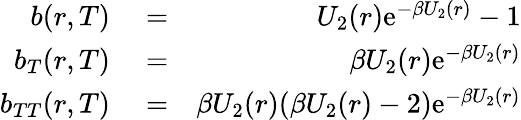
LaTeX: \begin{array}{rlr}{b(r,T)}&{{}=}&{U_{2}(r)\mathrm{e}^{-\beta U_{2}(r)}-1}\\ {b_{T}(r,T)}&{{}=}&{\beta U_{2}(r)\mathrm{e}^{-\beta U_{2}(r)}}\\ {b_{TT}(r,T)}&{{}=}&{\beta U_{2}(r)(\beta U_{2}(r)-2)\mathrm{e}^{-\beta U_{2}(r)}}\end{array}